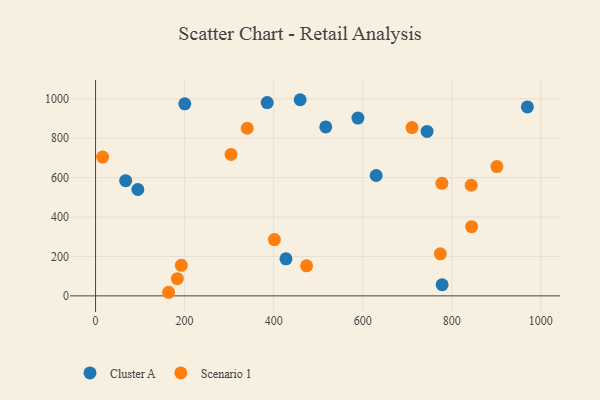
{"axis": {"x": "Ad Spend", "y": "Salary"}, "legend": ["Cluster A", "Scenario 1"], "data": [{"x": "427.7", "y": 188.1, "type": "Cluster A"}, {"x": "459.6", "y": 995.3, "type": "Cluster A"}, {"x": "67.6", "y": 584.7, "type": "Cluster A"}, {"x": "385.5", "y": 980.9, "type": "Cluster A"}, {"x": "969.9", "y": 959.0, "type": "Cluster A"}, {"x": "778.4", "y": 56.4, "type": "Cluster A"}, {"x": "517.1", "y": 857.2, "type": "Cluster A"}, {"x": "95.0", "y": 539.7, "type": "Cluster A"}, {"x": "630.3", "y": 610.9, "type": "Cluster A"}, {"x": "744.6", "y": 834.5, "type": "Cluster A"}, {"x": "200.4", "y": 974.3, "type": "Cluster A"}, {"x": "589.3", "y": 902.4, "type": "Cluster A"}, {"x": "774.4", "y": 213.5, "type": "Scenario 1"}, {"x": "304.3", "y": 717.6, "type": "Scenario 1"}, {"x": "710.9", "y": 854.1, "type": "Scenario 1"}, {"x": "192.7", "y": 155.0, "type": "Scenario 1"}, {"x": "777.9", "y": 570.9, "type": "Scenario 1"}, {"x": "164.0", "y": 18.2, "type": "Scenario 1"}, {"x": "183.7", "y": 87.2, "type": "Scenario 1"}, {"x": "901.4", "y": 656.1, "type": "Scenario 1"}, {"x": "15.9", "y": 704.3, "type": "Scenario 1"}, {"x": "401.7", "y": 285.4, "type": "Scenario 1"}, {"x": "340.7", "y": 850.6, "type": "Scenario 1"}, {"x": "474.0", "y": 152.4, "type": "Scenario 1"}, {"x": "844.7", "y": 351.1, "type": "Scenario 1"}, {"x": "843.7", "y": 561.3, "type": "Scenario 1"}]}